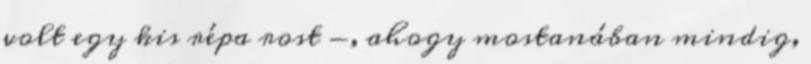
volt egy kis répa rost -, ahogy mostanában mindig,